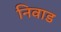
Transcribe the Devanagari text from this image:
निवाड